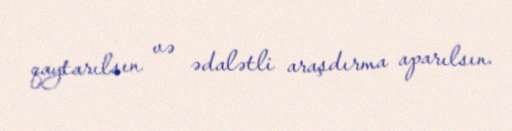
qaytarılsın və ədalətli araşdırma aparılsın.